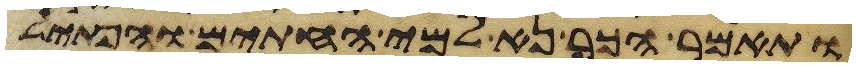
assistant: ותאמר הכר נא למי החתים והפתיל